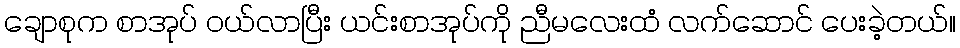
ချောစုက စာအုပ် ဝယ်လာပြီး ယင်းစာအုပ်ကို ညီမလေးထံ လက်ဆောင် ပေးခဲ့တယ်။